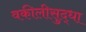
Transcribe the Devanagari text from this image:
वकीलीसुद्धा